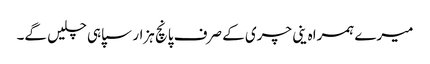
میرے ہمراہ ینی چری کے صرف پانچ ہزار سپاہی چلیں گے۔